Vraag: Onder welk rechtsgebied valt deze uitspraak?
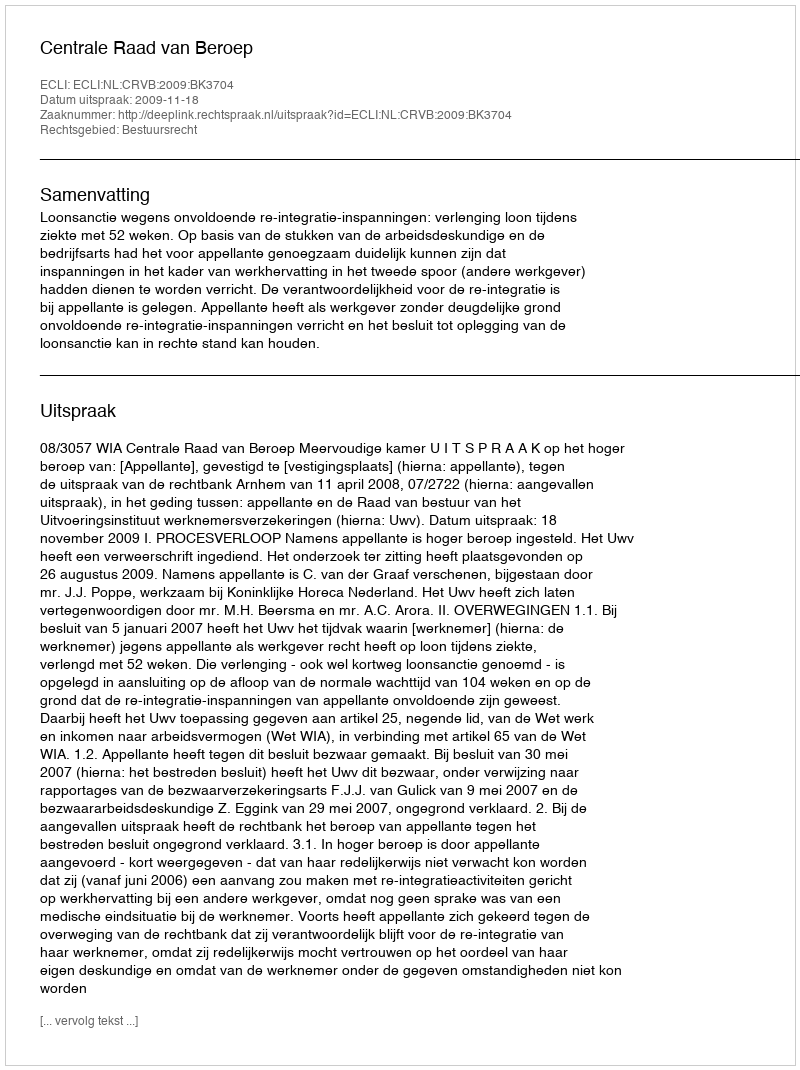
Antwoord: Bestuursrecht